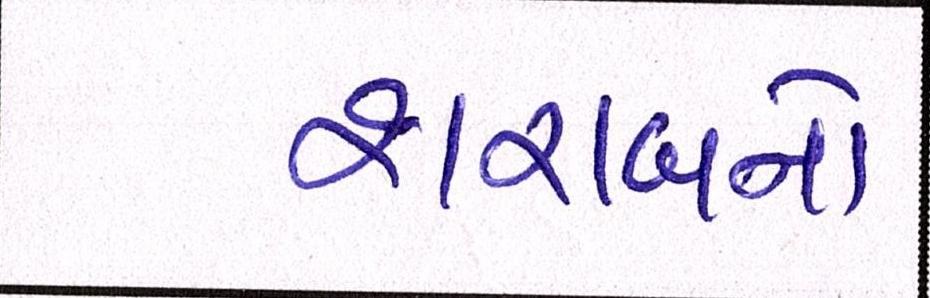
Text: શરાબનો